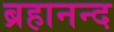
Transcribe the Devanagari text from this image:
ब्रहानन्द